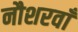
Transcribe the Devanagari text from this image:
नौशरवाँ